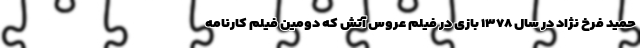
حمید فرخ نژاد در سال ۱۳۷۸ بازی در فیلم عروس آتش که دومین فیلم کارنامه